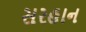
સરહાન